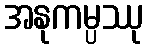
အနုကမ္ပဿု